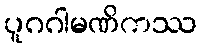
ပူဂဂါမဏိကဿ